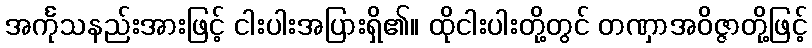
အင်္ကုသနည်းအားဖြင့် ငါးပါးအပြားရှိ၏။ ထိုငါးပါးတို့တွင် တဏှာအဝိဇ္ဇာတို့ဖြင့်